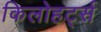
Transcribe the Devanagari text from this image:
किलोहर्ट्स